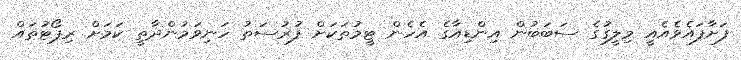
ފަށާފައެވެއެއީ މިލީގުގެ ސަބަބުން އިންޑިއާގެ އެހެން ޓީމުތަކަށް ފުރުސަތު ހަނިވަމުންދާތީ ކަމަށް ރިޕޯޓުތައް